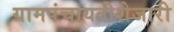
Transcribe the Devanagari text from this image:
ग्रामपंचायतीशेजारी